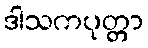
ဒါသကပုတ္တာ